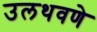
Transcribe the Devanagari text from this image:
उलथवणे